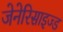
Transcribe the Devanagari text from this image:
जेनेरिसाइज्ड